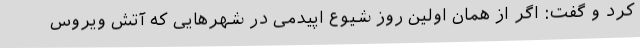
کرد و گفت: اگر از همان اولین روز شیوع اپیدمی در شهرهایی که آتش ویروس